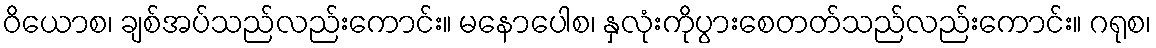
ဝိယောစ၊ ချစ်အပ်သည်လည်းကောင်း။ မနောပေါစ၊ နှလုံးကိုပွားစေတတ်သည်လည်းကောင်း။ ဂရုစ၊